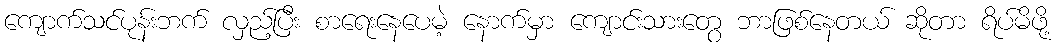
ကျောက်သင်ပုန်းဘက် လှည့်ပြီး စာရေးနေပေမဲ့ နောက်မှာ ကျောင်းသားတွေ ဘာဖြစ်နေတယ် ဆိုတာ ရိပ်မိဖို့